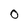
Character: O